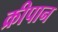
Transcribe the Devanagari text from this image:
क्रीपान